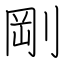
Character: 剛